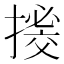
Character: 𢳼